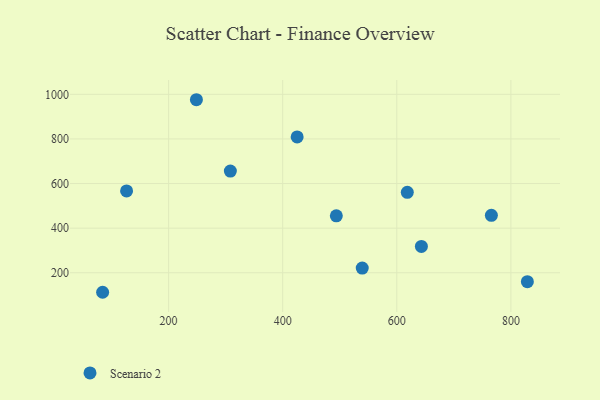
{"axis": {"x": "Investment", "y": "Profit"}, "legend": ["Scenario 2"], "data": [{"x": "618.4", "y": 560.8, "type": "Scenario 2"}, {"x": "308.2", "y": 655.7, "type": "Scenario 2"}, {"x": "126.3", "y": 566.8, "type": "Scenario 2"}, {"x": "539.4", "y": 221.1, "type": "Scenario 2"}, {"x": "643.1", "y": 318.0, "type": "Scenario 2"}, {"x": "248.7", "y": 975.8, "type": "Scenario 2"}, {"x": "425.3", "y": 808.9, "type": "Scenario 2"}, {"x": "765.8", "y": 457.4, "type": "Scenario 2"}, {"x": "84.3", "y": 112.5, "type": "Scenario 2"}, {"x": "494.0", "y": 455.1, "type": "Scenario 2"}, {"x": "828.9", "y": 159.9, "type": "Scenario 2"}]}